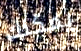
يمكنك